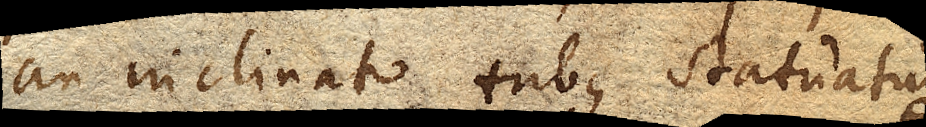
an inclinato tubus statuatur.